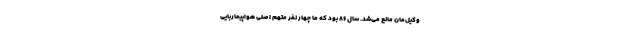
وکیل‌مان مانع می‌شد. سال ۸۶ بود که ما چهار نفر متهم اصلی هواپیماربایی